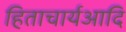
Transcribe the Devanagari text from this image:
हिताचार्यआदि